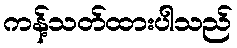
ကန့်သတ်ထားပါသည်